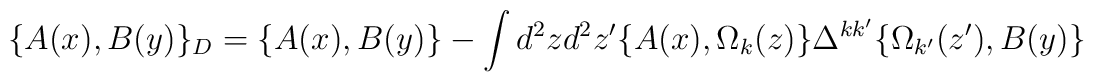
\{A(x),B(y)\}_{D}=\{A(x),B(y)\}-\int d^2z d^2 z^{\prime}\{A(x),\Omega_{k}(z)\}\Delta^{k k^{\prime}}\{\Omega_{k^{\prime}}(z^{\prime}),B(y)\}